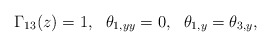
\begin{align*}\Gamma_{13}(z)=1,\ \ \theta_{1,yy}=0,\ \ \theta_{1,y}=\theta_{3,y},\end{align*}